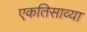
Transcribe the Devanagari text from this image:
एकतिसाव्या